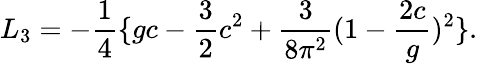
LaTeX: L_{3}=-{\frac{1}{4}}\{ gc-{\frac{3}{2}}c^{2}+{\frac{3}{8\pi^{2}}}(1-{\frac{2c}{g}})^{2}\} .